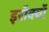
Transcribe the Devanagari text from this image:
इरॉक्वॉ